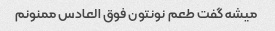
میشه گفت طعم نونتون فوق العادس ممنونم